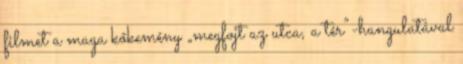
filmet a maga kőkemény „megfojt az utca, a tér”-hangulatával